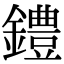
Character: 𫓐